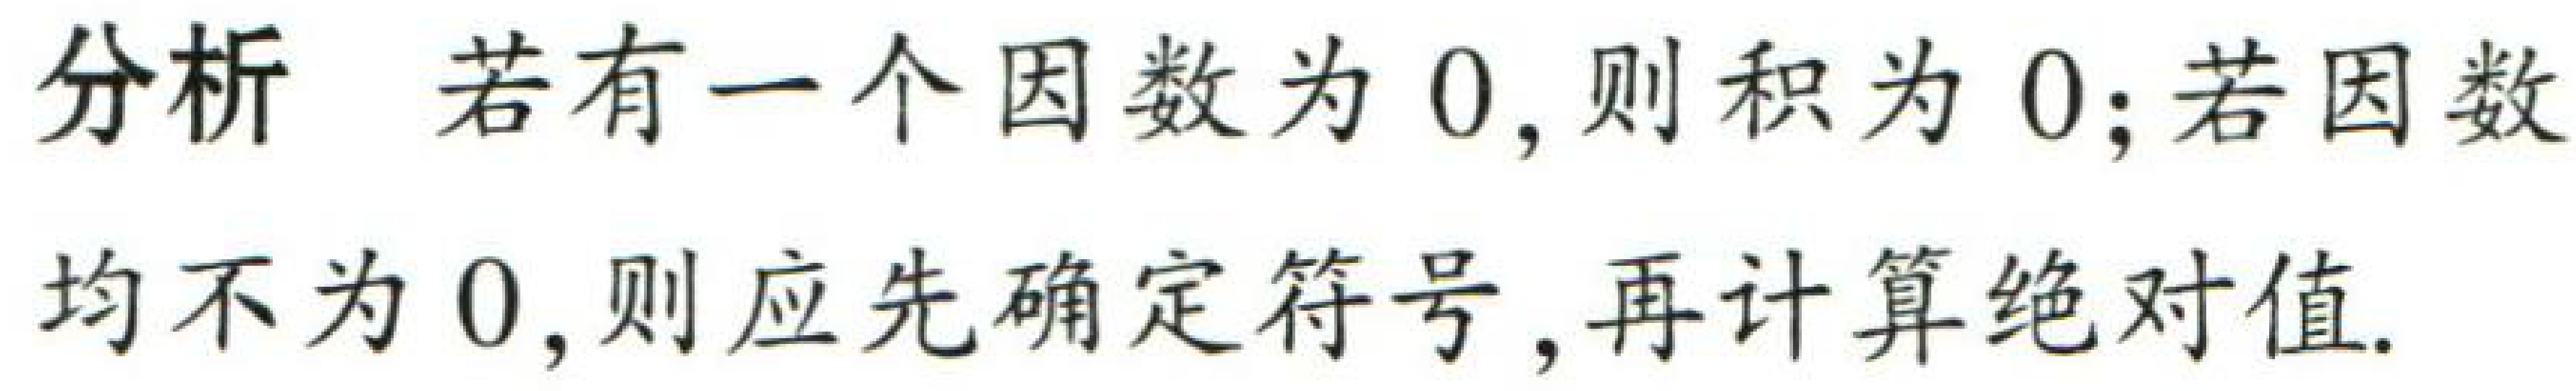
分析 若有一个因数为 \(0\)，则积为 \(0\)；若因数均不为 \(0\)，则应先确定符号，再计算绝对值.